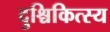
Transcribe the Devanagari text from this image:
दुश्चिकित्स्य